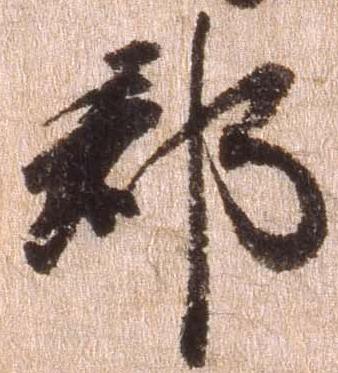
郡